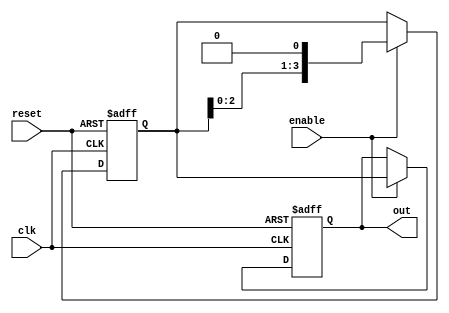
module ring_counter_with_enable (
    input wire clk,
    input wire reset,
    input wire enable,
    output reg [3:0] out
);

reg [3:0] count;

always @(posedge clk or posedge reset) begin
    if (reset) begin
        count <= 4'b0001;
        out <= 4'b0001;
    end else if (enable) begin
        count <= count << 1;
        out <= count;
    end
end

endmodule